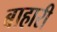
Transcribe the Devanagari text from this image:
बाहारी